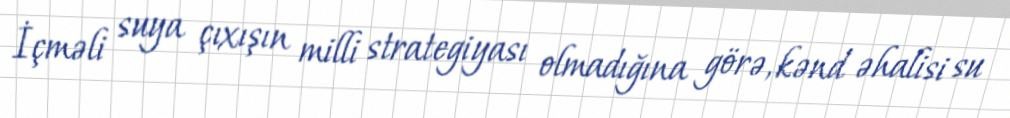
İçməli suya çıxışın milli strategiyası olmadığına görə, kənd əhalisi su